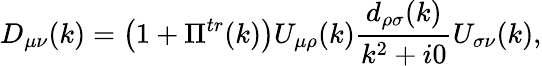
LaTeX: D_{\mu\nu}(k)=\left(1+\Pi^{tr}(k)\right)U_{\mu\rho}(k)\frac{d_{\rho\sigma}(k)}{k^{2}+i0}U_{\sigma\nu}(k),